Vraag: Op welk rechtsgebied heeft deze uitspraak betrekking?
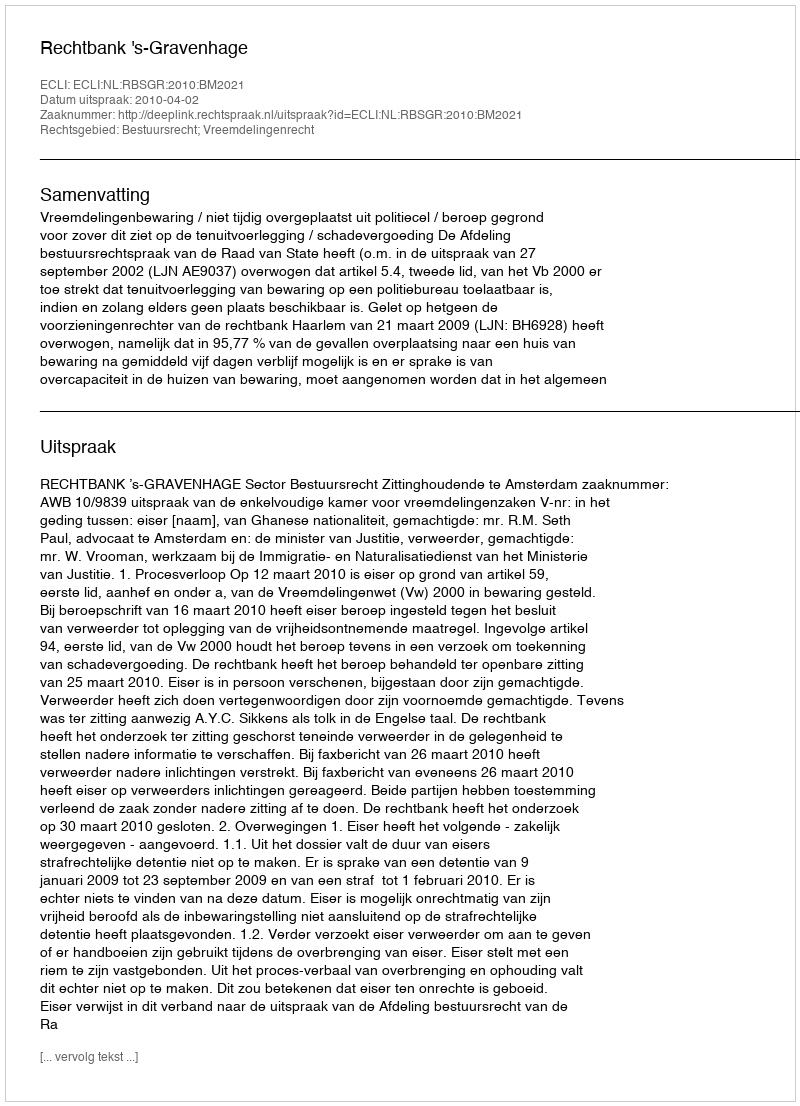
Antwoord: Bestuursrecht; Vreemdelingenrecht